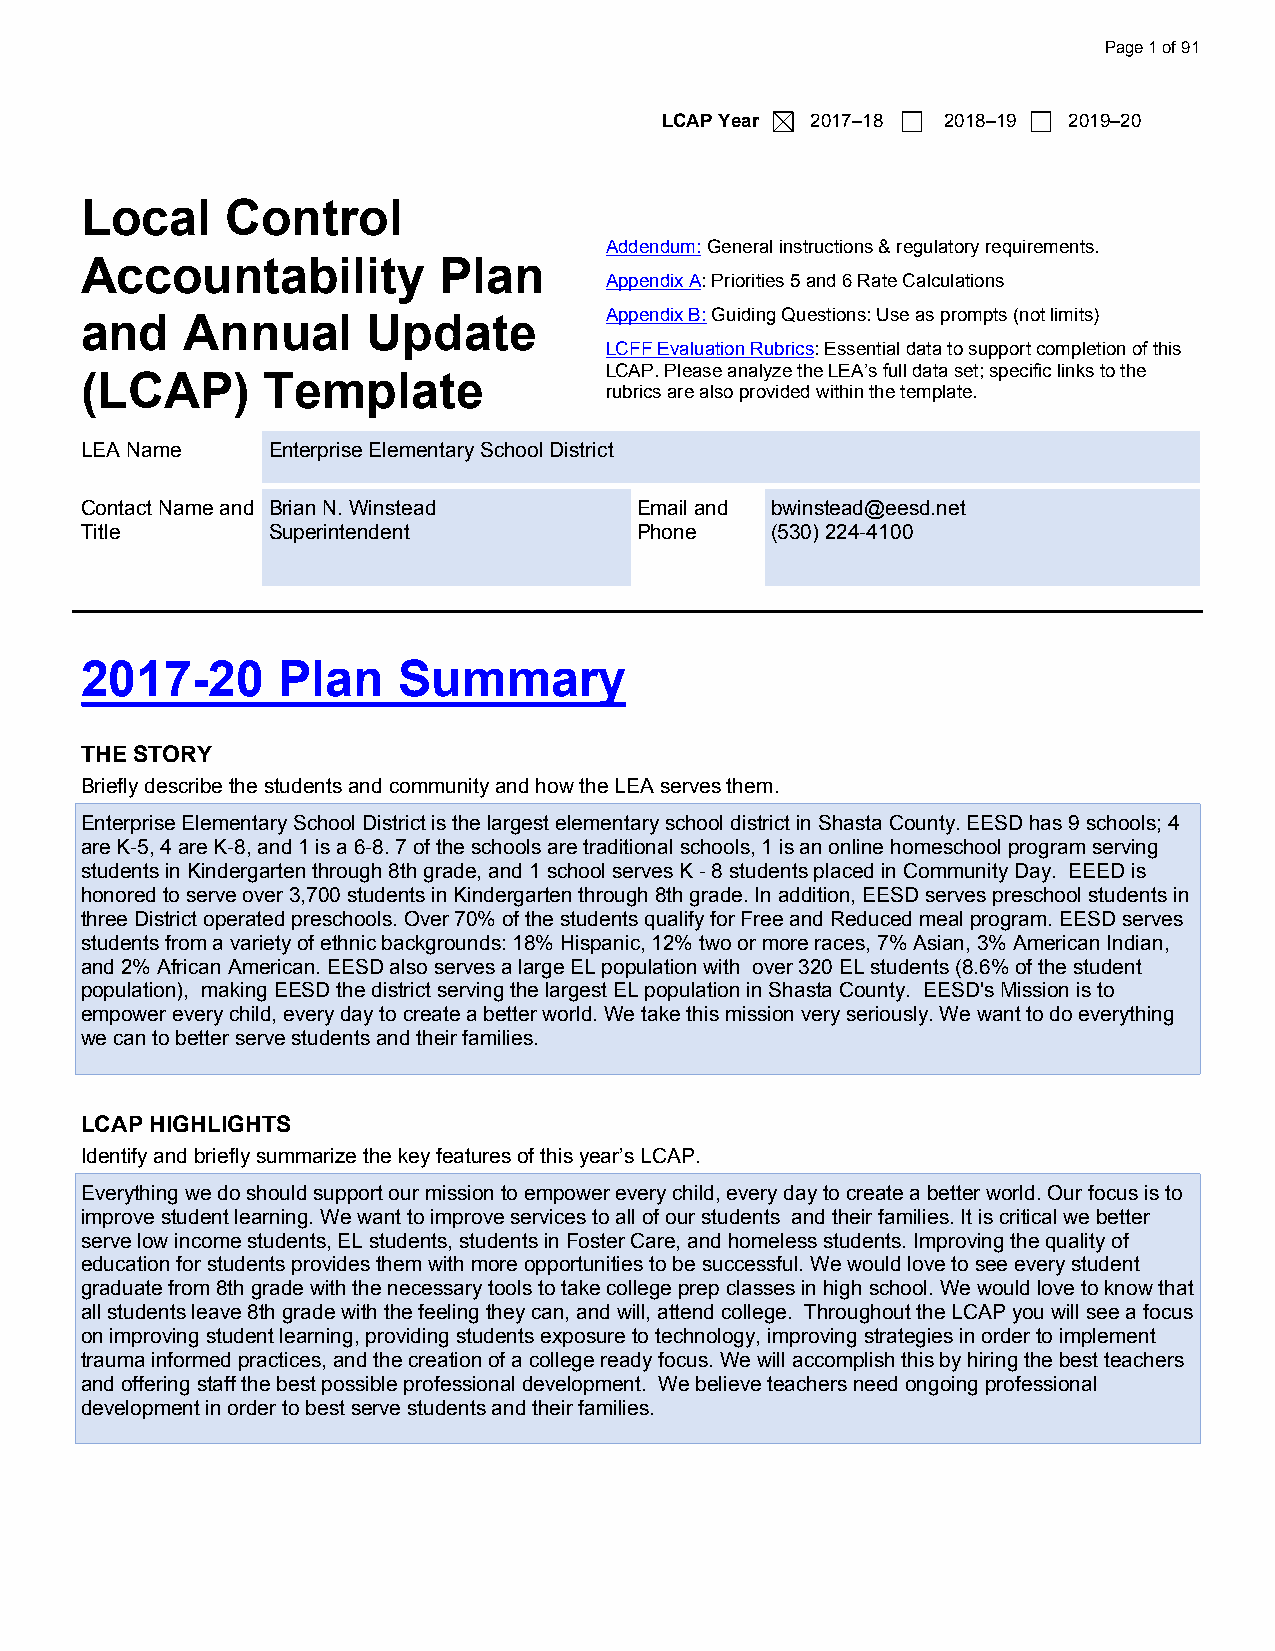
Page 1 of 91
 LCAP Year 2017–18 2018–19  2019–20
 Local     Control
 Addendum: General instructions & regulatory requirements.
 Accountability          Plan
 Appendix A: Priorities 5 and 6 Rate Calculations
 and    Annual      Update          Appendix B: Guiding Questions: Use as prompts (not limits)
 LCFF Evaluation Rubrics: Essential data to support completion of this
 LCAP. Please analyze the LEA’s full data set; specific links to the
 (LCAP)       Template
 rubrics are also provided within the template.
 LEA Name     Enterprise Elementary School District
 ----------
 Contact Name and Brian N. Winstead   Email and bwinstead@eesd.net
 Title        Superintendent          Phone    (530) 224-4100
 2017-20      Plan    Summary
 THE STORY
 Briefly describe the students and community and how the LEA serves them.
 Enterprise Elementary School District is the largest elementary school district in Shasta County. EESD has 9 schools; 4
 are K-5, 4 are K-8, and 1 is a 6-8. 7 of the schools are traditional schools, 1 is an online homeschool program serving
 students in Kindergarten through 8th grade, and 1 school serves K - 8 students placed in Community Day. EEED is
 honored to serve over 3,700 students in Kindergarten through 8th grade. In addition, EESD serves preschool students in
 three District operated preschools. Over 70% of the students qualify for Free and Reduced meal program. EESD serves
 students from a variety of ethnic backgrounds: 18% Hispanic, 12% two or more races, 7% Asian, 3% American Indian,
 and 2% African American. EESD also serves a large EL population with over 320 EL students (8.6% of the student
 population), making EESD the district serving the largest EL population in Shasta County. EESD's Mission is to
 empower every child, every day to create a better world. We take this mission very seriously. We want to do everything
 we can to better serve students and their families.
 LCAP HIGHLIGHTS
 Identify and briefly summarize the key features of this year’s LCAP.
 Everything we do should support our mission to empower every child, every day to create a better world. Our focus is to
 improve student learning. We want to improve services to all of our students and their families. It is critical we better
 serve low income students, EL students, students in Foster Care, and homeless students. Improving the quality of
 education for students provides them with more opportunities to be successful. We would love to see every student
 graduate from 8th grade with the necessary tools to take college prep classes in high school. We would love to know that
 all students leave 8th grade with the feeling they can, and will, attend college. Throughout the LCAP you will see a focus
 on improving student learning, providing students exposure to technology, improving strategies in order to implement
 trauma informed practices, and the creation of a college ready focus. We will accomplish this by hiring the best teachers
 and offering staff the best possible professional development. We believe teachers need ongoing professional
 development in order to best serve students and their families.